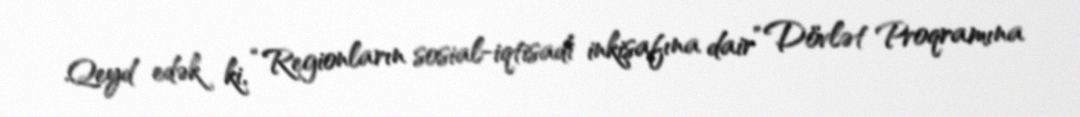
Qeyd edək ki, “Regionların sosial-iqtisadi inkişafına dair” Dövlət Proqramına